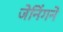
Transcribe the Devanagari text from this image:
जेनिंगने